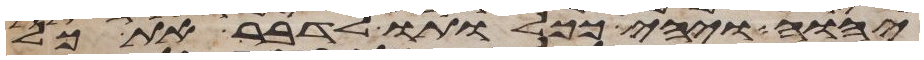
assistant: יהוה ויהי ככלותו לדבר את כל